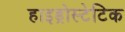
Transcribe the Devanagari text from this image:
हाइड्रोस्टेटिक